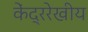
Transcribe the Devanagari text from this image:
केंद्ररेखीय